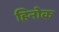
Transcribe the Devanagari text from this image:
हिनोक